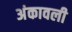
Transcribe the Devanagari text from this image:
अंकावली